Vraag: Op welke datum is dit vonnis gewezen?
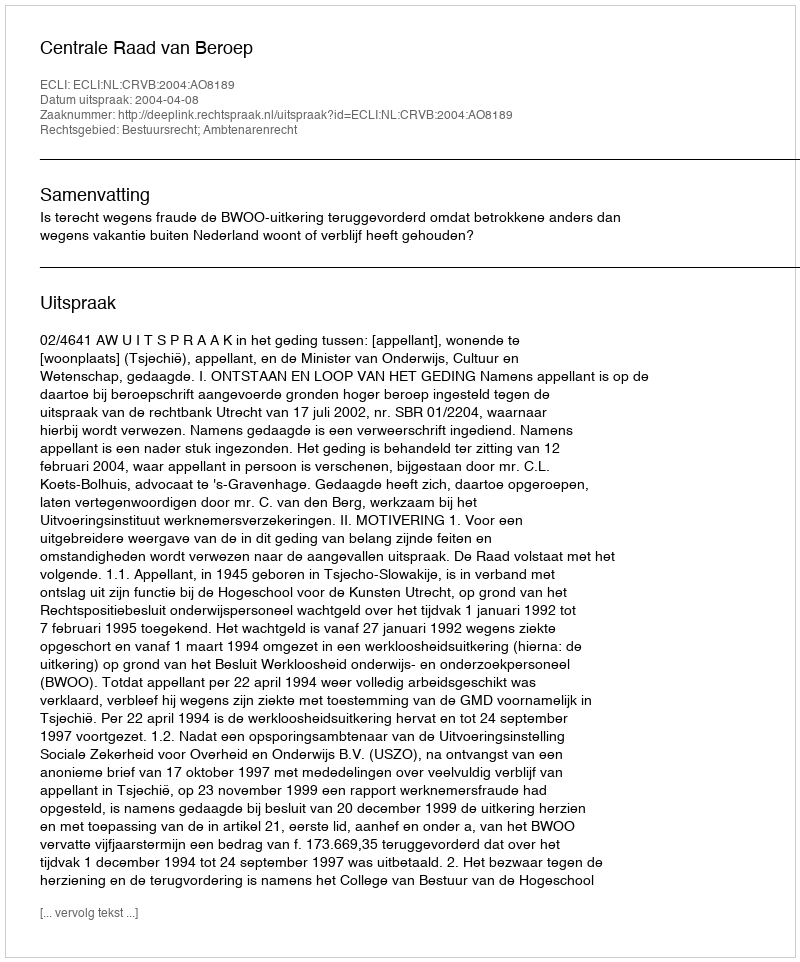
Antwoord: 2004-04-08